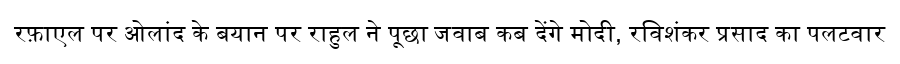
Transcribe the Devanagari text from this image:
रफ़ाएल पर ओलांद के बयान पर राहुल ने पूछा जवाब कब देंगे मोदी, रविशंकर प्रसाद का पलटवार